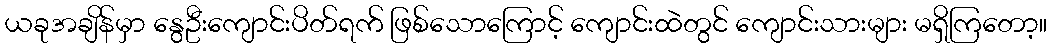
ယခုအချိန်မှာ နွေဦးကျောင်းပိတ်ရက် ဖြစ်သောကြောင့် ကျောင်းထဲတွင် ကျောင်းသားများ မရှိကြတော့။